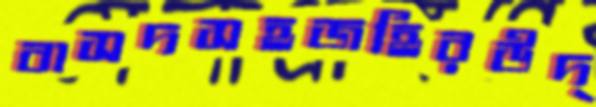
বাসদসহজহিরউদ্